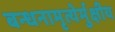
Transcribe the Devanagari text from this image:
बन्धनामृत्येर्मुक्षीय